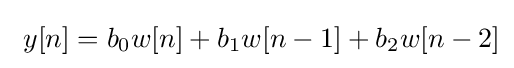
\ y[n]=b_{0}w[n]+b_{1}w[n-1]+b_{2}w[n-2]